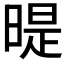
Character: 𣉆